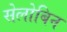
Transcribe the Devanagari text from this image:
सेलोबिन